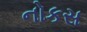
નોકસ